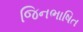
જિનભાષિત